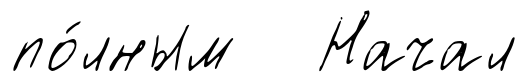
по́лным Начал